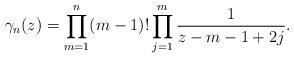
LaTeX: \begin{align*} \gamma_n(z)=\prod_{m=1}^{n}(m-1)!\prod_{j=1}^m\frac{1}{z-m-1+2j}. \end{align*}